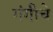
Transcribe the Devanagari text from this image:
गंगीचे